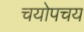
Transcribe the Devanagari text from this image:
चयोपचय